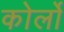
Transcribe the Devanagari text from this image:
कोर्लो